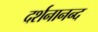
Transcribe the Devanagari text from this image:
दर्शनानन्‍द